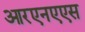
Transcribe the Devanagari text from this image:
आरएनएएस